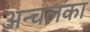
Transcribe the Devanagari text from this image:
अन्चलका